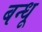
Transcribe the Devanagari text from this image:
बन्धू